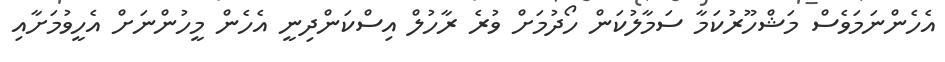
އެހެންނަމަވެސް މަޝްހޫރުކަމާ ސަމާލުކަން ހޯދުމަށް ވުރެ ރާހުލް އިސްކަންދިނީ އެހެން މީހުންނަށް އެހީވުމަށާއި